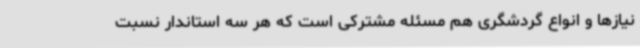
نیازها و انواع گردشگری هم مسئله مشترکی است که هر سه استاندار نسبت